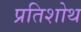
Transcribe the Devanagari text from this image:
प्रतिशोथ